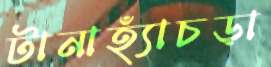
টানাহ্যাঁচড়া